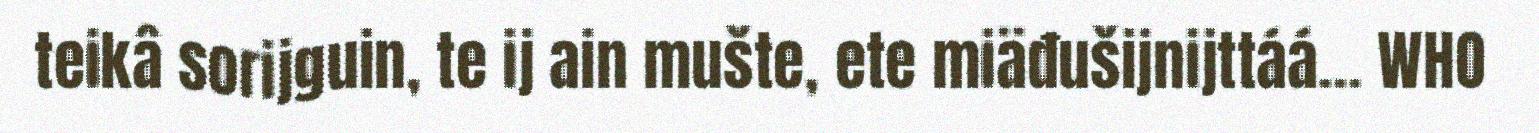
teikâ sorijguin, te ij ain mušte, ete miäđušijnijttáá... WHO